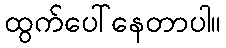
ထွက်ပေါ်နေတာပါ။